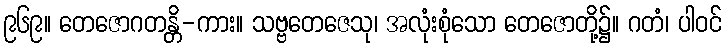
၉၆၉။ တေဇောဂတန္တိ-ကား။ သဗ္ဗတေဇေသု၊ အလုံးစုံသော တေဇောတို့၌။ ဂတံ၊ ပါဝင်